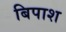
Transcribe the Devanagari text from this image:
बिपाश